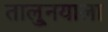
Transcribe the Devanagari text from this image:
तालु्नयाला